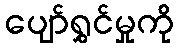
ပျော်ရွှင်မှုကို